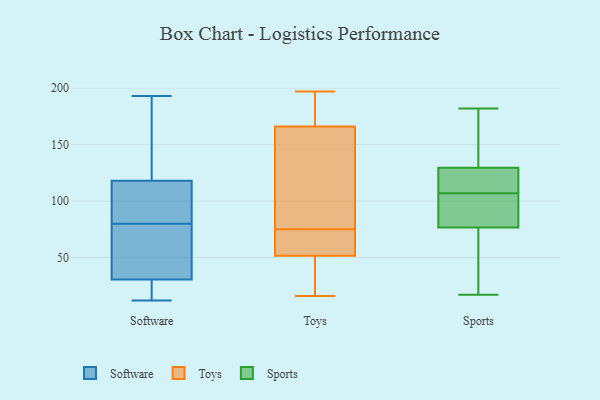
{"axis": {"x": "Churn Rate (%)", "y": "Value"}, "legend": ["Software", "Sports", "Toys"], "data": [{"x": "", "y": 193, "type": "Software"}, {"x": "", "y": 22, "type": "Software"}, {"x": "", "y": 58, "type": "Software"}, {"x": "", "y": 99, "type": "Software"}, {"x": "", "y": 115, "type": "Software"}, {"x": "", "y": 61, "type": "Software"}, {"x": "", "y": 134, "type": "Software"}, {"x": "", "y": 27, "type": "Software"}, {"x": "", "y": 114, "type": "Software"}, {"x": "", "y": 121, "type": "Software"}, {"x": "", "y": 12, "type": "Software"}, {"x": "", "y": 34, "type": "Software"}, {"x": "", "y": 191, "type": "Toys"}, {"x": "", "y": 197, "type": "Toys"}, {"x": "", "y": 75, "type": "Toys"}, {"x": "", "y": 16, "type": "Toys"}, {"x": "", "y": 83, "type": "Toys"}, {"x": "", "y": 69, "type": "Toys"}, {"x": "", "y": 173, "type": "Toys"}, {"x": "", "y": 145, "type": "Toys"}, {"x": "", "y": 51, "type": "Toys"}, {"x": "", "y": 53, "type": "Toys"}, {"x": "", "y": 47, "type": "Toys"}, {"x": "", "y": 156, "type": "Sports"}, {"x": "", "y": 21, "type": "Sports"}, {"x": "", "y": 126, "type": "Sports"}, {"x": "", "y": 127, "type": "Sports"}, {"x": "", "y": 17, "type": "Sports"}, {"x": "", "y": 63, "type": "Sports"}, {"x": "", "y": 44, "type": "Sports"}, {"x": "", "y": 182, "type": "Sports"}, {"x": "", "y": 137, "type": "Sports"}, {"x": "", "y": 176, "type": "Sports"}, {"x": "", "y": 122, "type": "Sports"}, {"x": "", "y": 106, "type": "Sports"}, {"x": "", "y": 121, "type": "Sports"}, {"x": "", "y": 99, "type": "Sports"}, {"x": "", "y": 91, "type": "Sports"}, {"x": "", "y": 81, "type": "Sports"}, {"x": "", "y": 107, "type": "Sports"}]}